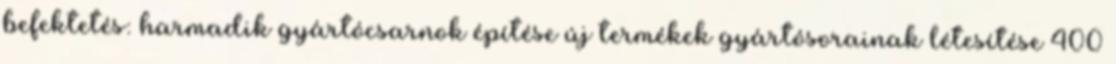
befektetés: harmadik gyártócsarnok építése új termékek gyártósorainak létesítése 400